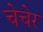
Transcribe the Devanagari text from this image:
चेचेर